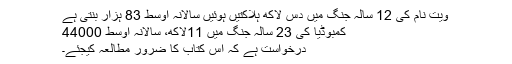
ویت نام کی 12 سالہ جنگ میں دس لاکھ ہلاکتیں ہوئیں سالانہ اوسط 83 ہزار بنتی ہے
کمبوڈیا کی 23 سالہ جنگ میں 11لاکھ، سالانہ اوسط 44000
درخواست ہے کہ اس کتاب کا ضرور مطالعہ کیجئے۔